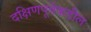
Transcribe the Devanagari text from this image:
दक्षिणपूर्वेकडील